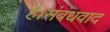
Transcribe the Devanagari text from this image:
है।संबंधवाद